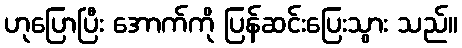
ဟုပြောပြီး အောက်ကို ပြန်ဆင်းပြေးသွား သည်။